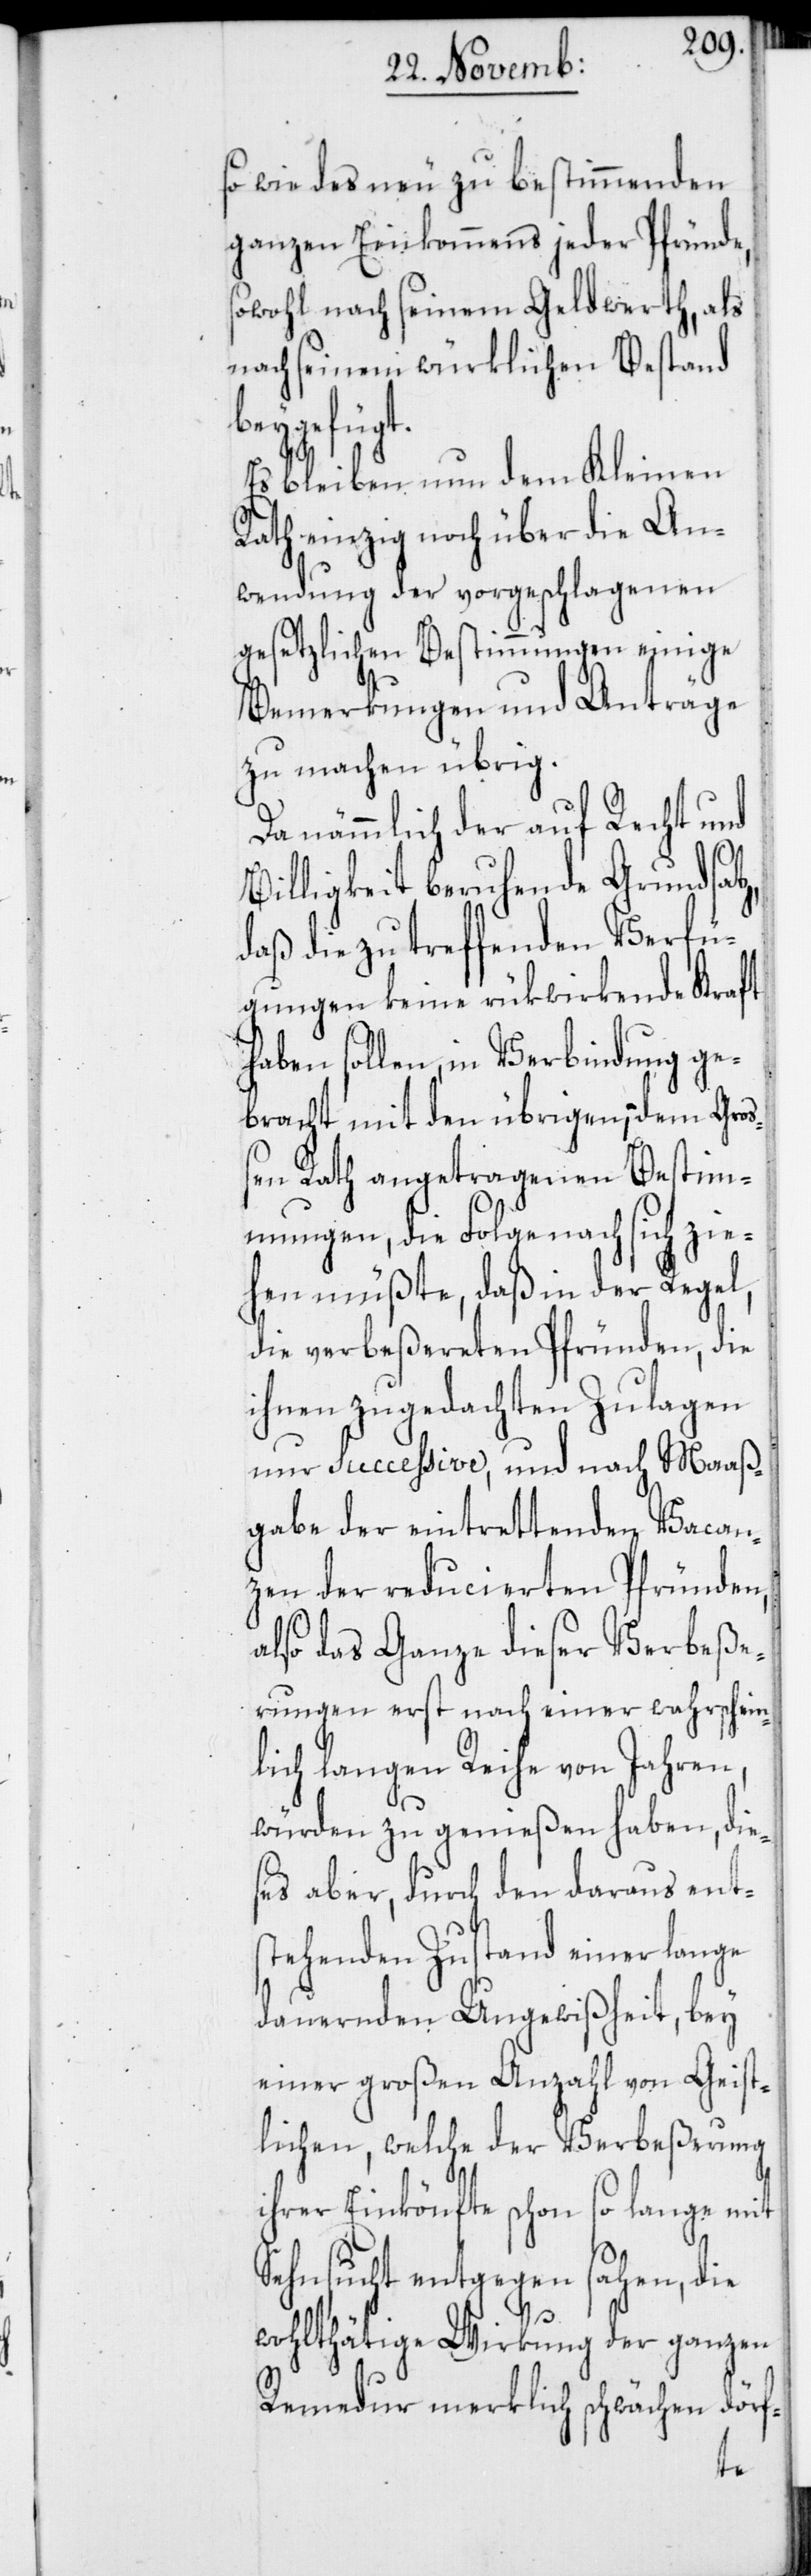
so wie des neu zu bestimmenden
ganzen Einkommens jeder Pfründe,
sowohl nach seinem Geldwerth, als
nach seinem würklichen Bestand
beygefügt.
Es bleiben nun dem Kleinen
Rath einzig noch über die An¬
wendung der vorgeschlagenen
gesetzlichen Bestimmungen einige
Bemerkungen und Anträge
zu machen übrig.
Da nämmlich der auf Recht und
Billigkeit beruhende Grundsatz,
daß die zu treffenden Verfü¬
gungen keine rükwirkende Kraft
haben sollen, in Verbindung ge¬
bracht mit den übrigen, dem Groß¬
en Rath angetragenen Bestim¬
mungen, die Folge nach sich zie¬
hen müßte, daß in der Regel,
die verbeßereten Pfründen, die
ihnen zugedachten Zulagen
nur successive, und nach Maaß¬
gabe der eintrettenden Vacan¬
zen der reducierten Pfründen,
also das Ganze dieser Verbeße¬
rungen erst nach einer wahrschein¬
lich langen Reihe von Jahren,
würden zu genießen haben, die¬
ses aber, durch den daraus ent¬
stehenden Zustand einer lange
dauernden Ungewißheit, bey
einer großen Anzahl von Geist¬
lichen, welche der Verbeßerung
ihrer Einkönfte schon so lange mit
Sehnsucht entgegen sahen, die
wohlthätige Wirkung der ganzen
Remedur merklich schwächen dörf-